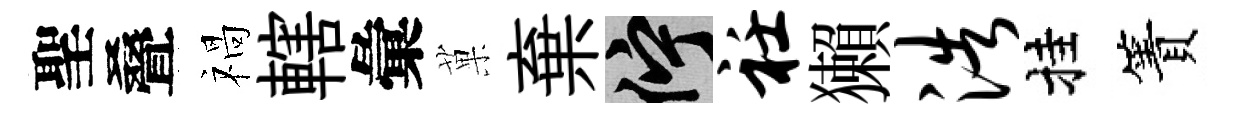
聖叠禍轄彙菓棄伫衽獺浩挂簀